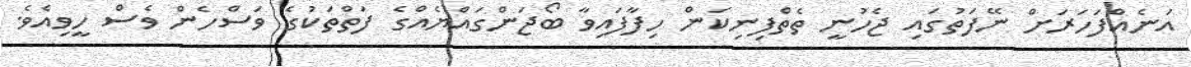
އަނެއްފަހަރަށް ނޭފަތުގައި ޖެހުނީ ތެތްފިނިކަން ހިފާފައިވާ ބޯޖަންގައްޔެއްގެ ފަތްތަކުގެ ވަސްހެން ވެސް ހީވިއެވެ.